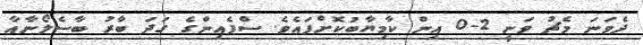
ދެވަނަ މެޗު ވަނީ 2-0 އިން ކާމިޔާބުކޮށްފައެވެ. ސްޕެއިންގެ ގަދަ ބާރު ބާސެލޯނާއާ